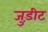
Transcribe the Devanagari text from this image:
जुड़ीट